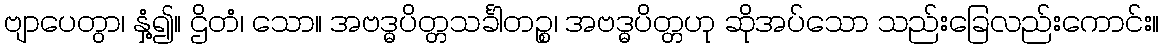
ဗျာပေတွာ၊ နှံ့၍။ ဌိတံ၊ သော။ အဗဒ္ဓပိတ္တသင်္ခါတဉ္စ၊ အဗဒ္ဓပိတ္တဟု ဆိုအပ်သော သည်းခြေလည်းကောင်း။